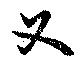
父